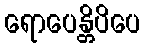
ရောပေန္တိပိပေ